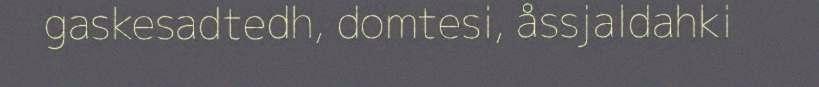
gaskesadtedh, domtesi, åssjaldahki